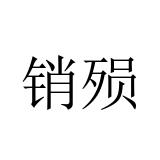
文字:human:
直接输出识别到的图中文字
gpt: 销殒